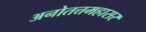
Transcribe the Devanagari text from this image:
अनोतत्तमहासर